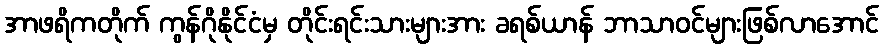
အာဖရိကတိုက် ကွန်ဂိုနိုင်ငံမှ တိုင်းရင်းသားများအား ခရစ်ယာန် ဘာသာဝင်များဖြစ်လာအောင်